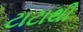
ટાટાથી